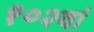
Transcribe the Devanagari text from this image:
१०२वां